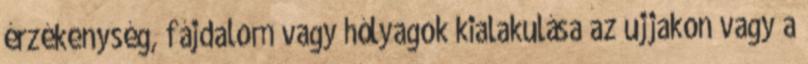
érzékenység, fájdalom vagy hólyagok kialakulása az ujjakon vagy a